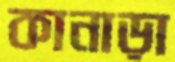
কানাড়া